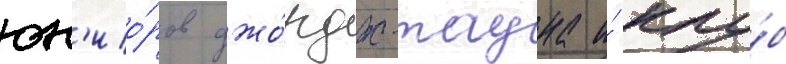
юн'ио́ров джо́рдж-тауна и́ клу́б